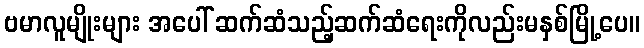
ဗမာလူမျိုးများ အပေါ် ဆက်ဆံသည့်ဆက်ဆံရေးကိုလည်းမနှစ်မြို့ပေ။